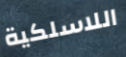
اللاسلكية